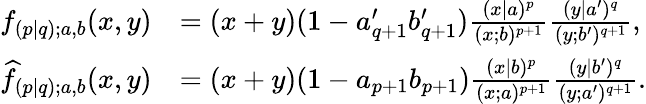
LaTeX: \begin{array}{rl}{f_{(p|q);a,b}(x,y)}&{=(x+y)(1-a_{q+1}^{\prime}b_{q+1}^{\prime})\frac{(x|a)^{p}}{(x;b)^{p+1}}\frac{(y|a^{\prime})^{q}}{(y;b^{\prime})^{q+1}},}\\ {\widehat{f}_{(p|q);a,b}(x,y)}&{=(x+y)(1-a_{p+1}b_{p+1})\frac{(x|b)^{p}}{(x;a)^{p+1}}\frac{(y|b^{\prime})^{q}}{(y;a^{\prime})^{q+1}}.}\end{array}